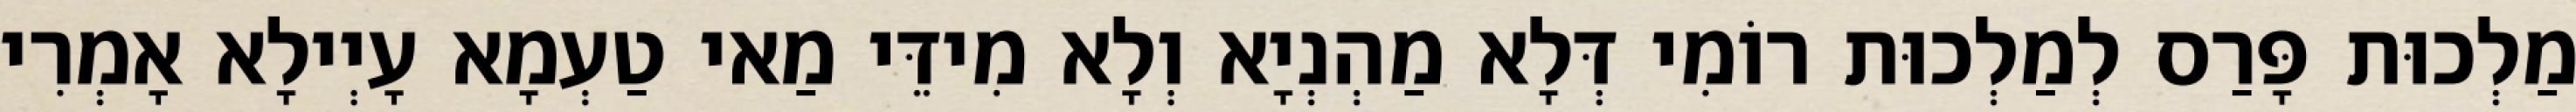
מַלְכוּת פָּרַס לְמַלְכוּת רוֹמִי דְּלָא מַהְנְיָא וְלָא מִידֵּי מַאי טַעְמָא עָיְילָא אָמְרִי